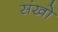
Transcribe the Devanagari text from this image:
संखो